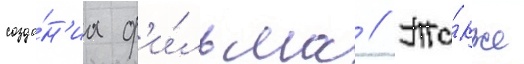
созда́н'иа ф'и́льма // Та́кже